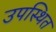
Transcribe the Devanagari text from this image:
उपस्थित